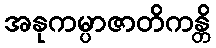
အနုကမ္ပာဇာတိကန္တိ